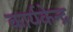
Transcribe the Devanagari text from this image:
कार्यकेन्द्र